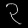
Digit: ၃